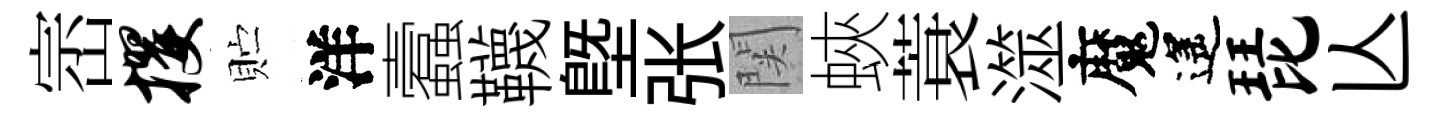
崈攫贮洋蠧韈塈张関蛺蓑澨魔遙琵亾